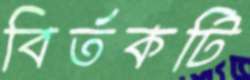
বির্তকটি